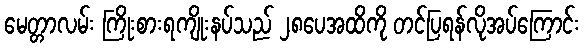
မေတ္တာလမ်း ကြိုးစားရကျိုးနပ်သည် ၂၈ပေအထိကို တင်ပြရန်လိုအပ်ကြောင်း